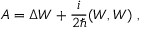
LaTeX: { \cal A } = \Delta W + \frac { i } { 2 \hbar } ( W , W ) \ ,